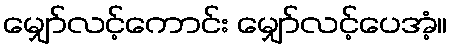
မျှော်လင့်ကောင်း မျှော်လင့်ပေအံ့။